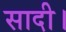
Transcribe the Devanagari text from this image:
सादी।